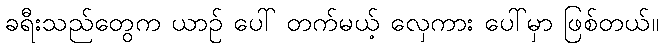
ခရီးသည်တွေက ယာဉ် ပေါ် တက်မယ့် လှေကား ပေါ်မှာ ဖြစ်တယ်။